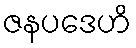
ဇနပဒေဟိ